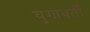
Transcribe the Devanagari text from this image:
युगावर्तो